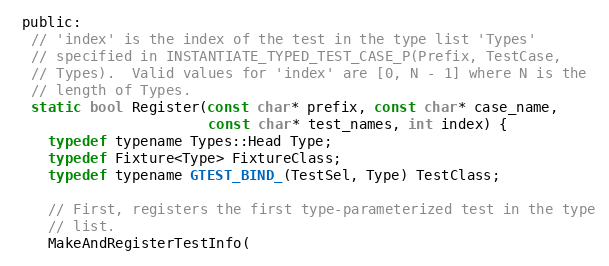
Language: C
 public:
  // 'index' is the index of the test in the type list 'Types'
  // specified in INSTANTIATE_TYPED_TEST_CASE_P(Prefix, TestCase,
  // Types).  Valid values for 'index' are [0, N - 1] where N is the
  // length of Types.
  static bool Register(const char* prefix, const char* case_name,
                       const char* test_names, int index) {
    typedef typename Types::Head Type;
    typedef Fixture<Type> FixtureClass;
    typedef typename GTEST_BIND_(TestSel, Type) TestClass;

    // First, registers the first type-parameterized test in the type
    // list.
    MakeAndRegisterTestInfo(